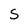
Character: S